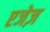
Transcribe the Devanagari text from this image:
एजेज़